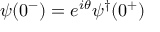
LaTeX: \psi ( 0 ^ { - } ) = e ^ { i \theta } \psi ^ { \dagger } ( 0 ^ { + } )